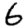
Digit: 6